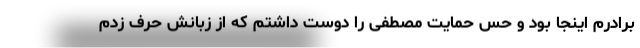
برادرم اینجا بود و حس حمایت مصطفی را دوست داشتم که از زبانش حرف زدم